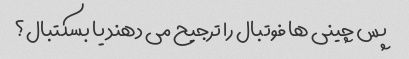
پس چینی ها فوتبال را ترجیح می دهند یا بسکتبال؟